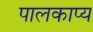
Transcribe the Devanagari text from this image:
पालकाप्य